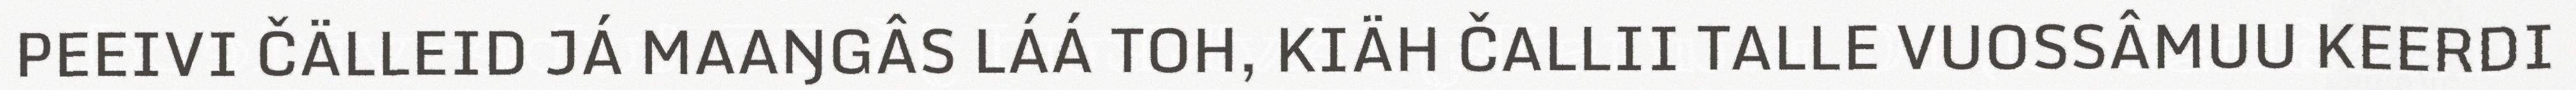
PEEIVI ČÄLLEID JÁ MAAŊGÂS LÁÁ TOH, KIÄH ČALLII TALLE VUOSSÂMUU KEERDI